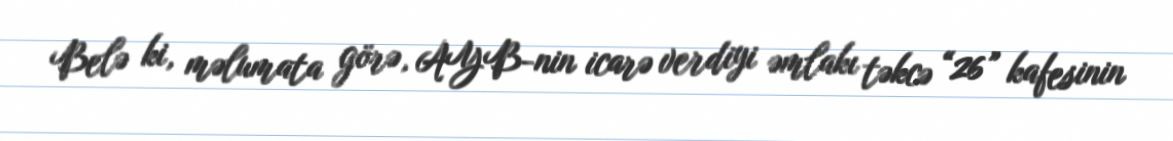
Belə ki, məlumata görə, AYB-nin icarə verdiyi əmlakı təkcə “26” kafesinin